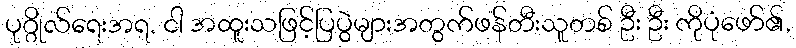
ပုဂ္ဂိုလ်ရေးအရ, ငါ အထူးသဖြင့်ပြပွဲများအတွက်ဖန်တီးသူတစ် ဦး ဦး ကိုပုံဖော်၏,